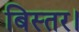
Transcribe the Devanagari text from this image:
बिस्तर।